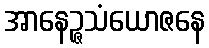
အာနေဉ္ဇသံယောဇနေ